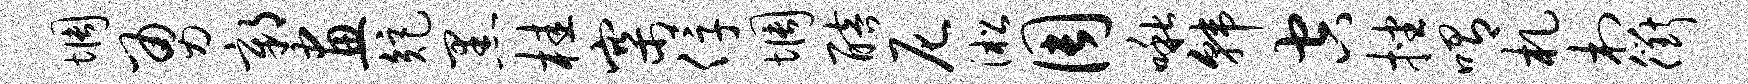
惆勇鄣画矩黑桂寨俘惆醅尼淞周啾韩空挫喟札村衢